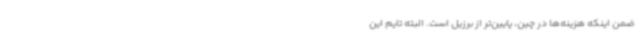
ضمن اینکه هزینه‌ها در چین، پایین‌تر از برزیل است. البته تایم این